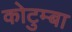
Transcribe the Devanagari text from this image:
कोटुम्बा